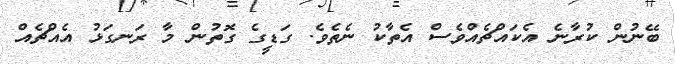
ބޭނުން ކުރާނެ އެކައްޗެއްވެސް އެތާކު ނެތެވެ. ގަޑީގެ ގޮތުން މާ ރަނގަޅު އެއްޗެއް